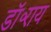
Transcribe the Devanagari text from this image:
डॉ॰राय